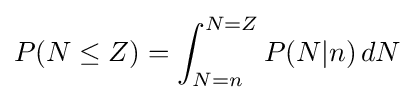
P(N\leq Z)=\int _{N=n}^{N=Z}P(N|n)\,dN